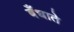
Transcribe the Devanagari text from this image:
बँधाते